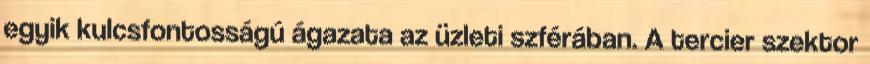
egyik kulcsfontosságú ágazata az üzleti szférában. A tercier szektor